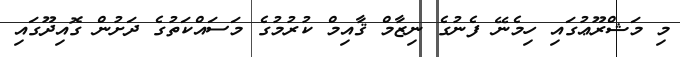
މި މަޝްރޫޢުގައި ހިމެނޭ ފެނުގެ ނިޒާމް ޤާއިމް ކުރުމުގެ މަސައްކަތުގެ ދަށުން ގޮއިދޫގައި